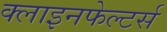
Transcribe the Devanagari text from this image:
क्लाइनफेल्टर्स